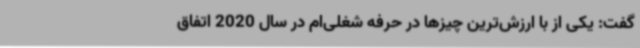
گفت: یکی از با ارزش‌ترین چیزها در حرفه شغلی‌ام در سال 2020 اتفاق